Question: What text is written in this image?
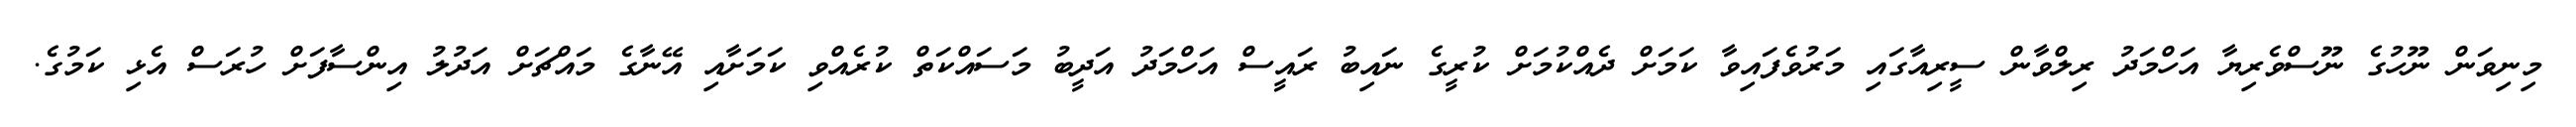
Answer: މިނިވަން ނޫހުގެ ނޫސްވެރިޔާ އަހްމަދު ރިލްވާން ސީރިއާގައި މަރުވެފައިވާ ކަމަށް ދެއްކުމަށް ކުރީގެ ނައިބު ރައީސް އަހްމަދު އަދީބު މަސައްކަތް ކުރެއްވި ކަމަށާއި އޭނާގެ މައްޗަށް އަދުލު އިންސާފަށް ހުރަސް އެޅި ކަމުގެ.